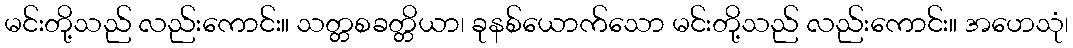
မင်းတို့သည် လည်းကောင်း။ သတ္တစခတ္တိယာ၊ ခုနစ်ယောက်သော မင်းတို့သည် လည်းကောင်း။ အဟေသုံ၊